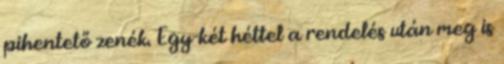
pihentető zenék. Egy-két héttel a rendelés után meg is